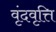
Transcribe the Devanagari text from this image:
वृंदवृत्ति